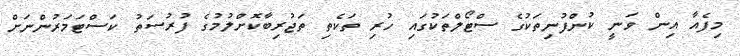
މިފެއާ އިން ވަނީ ކުންފުނިތަކުގެ ސްޓޯލްތަކުގައި ހުރި ތަކެތި ތަޖުރިބާކޮށްލުމުގެ ފުރުސަތު ކަސްޓަމަރުންނަށް